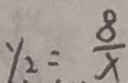
y _ { 2 } = \frac { 8 } { x }